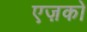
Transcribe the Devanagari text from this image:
एज़को